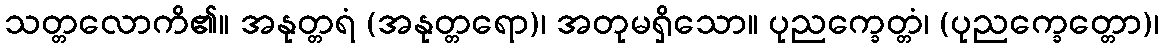
သတ္တလောကိ၏။ အနုတ္တရံ (အနုတ္တရော)၊ အတုမရှိသော။ ပုညက္ခေတ္တံ၊ (ပုညက္ခေတ္တော)၊